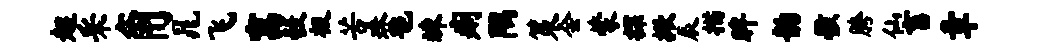
超采角晁飞寓彀极苦珠毡竦痢隅策会蒙探掀辰描眸韵骸胯仙畜章